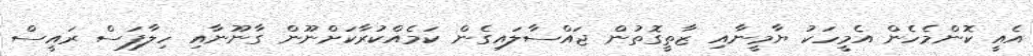
އެއީ ކޮންމެހެން އެމީހަކު ޔާމީނާއި ޒާތީގޮތުން ޖައްސާލައިގެން ކަމެއްކުރާކަށްނޫން ގާނޫނާއި ހިލާފަސް ރައީސް